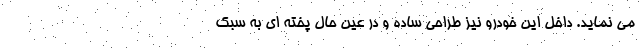
می نماید. داخل این خودرو نیز طراحی ساده و در عین حال پخته ای به سبک